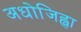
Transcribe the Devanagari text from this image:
अधोजिह्वा